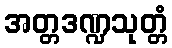
အတ္တဒဏ္ဍသုတ္တံ